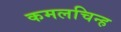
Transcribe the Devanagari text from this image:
कमलचिन्ह